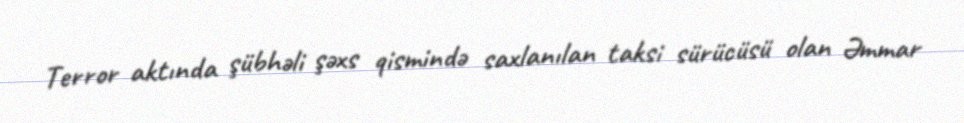
Terror aktında şübhəli şəxs qismində saxlanılan taksi sürücüsü olan Əmmar